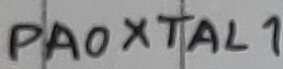
Text: PA0XTAL1